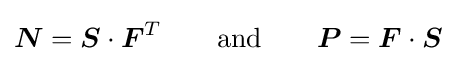
{\boldsymbol {N}}={\boldsymbol {S}}\cdot {\boldsymbol {F}}^{T}\qquad {\text{and}}\qquad {\boldsymbol {P}}={\boldsymbol {F}}\cdot {\boldsymbol {S}}